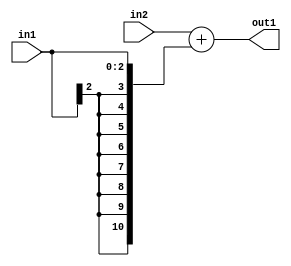
`timescale 1ps / 1ps
/*****************************************************************************
    Verilog RTL Description
    
    
    Created by: Stratus DpOpt 2019.1.01 
*******************************************************************************/

module SobelFilter_Add_9Ux3S_11S_1 (
	in2,
	in1,
	out1
	); /* architecture "behavioural" */ 
input [8:0] in2;
input [2:0] in1;
output [10:0] out1;
wire [10:0] asc001;

assign asc001 = 
	+(in2)
	+({{8{in1[2]}}, in1});

assign out1 = asc001;
endmodule

/* CADENCE  ubH4Sgw= : u9/ySgnWtBlWxVPRXgAZ4Og= ** DO NOT EDIT THIS LINE ******/